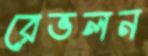
রেভলন